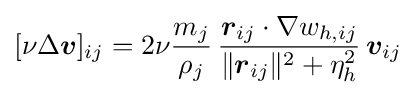
[\nu \Delta {\boldsymbol {v}}]_{ij}=2\nu {\frac {m_{j}}{\rho _{j}}}\,{\frac {{\boldsymbol {r}}_{ij}\cdot \nabla w_{h,ij}}{\Vert {\boldsymbol {r}}_{ij}\Vert ^{2}+\eta _{h}^{2}}}\,{\boldsymbol {v}}_{ij}